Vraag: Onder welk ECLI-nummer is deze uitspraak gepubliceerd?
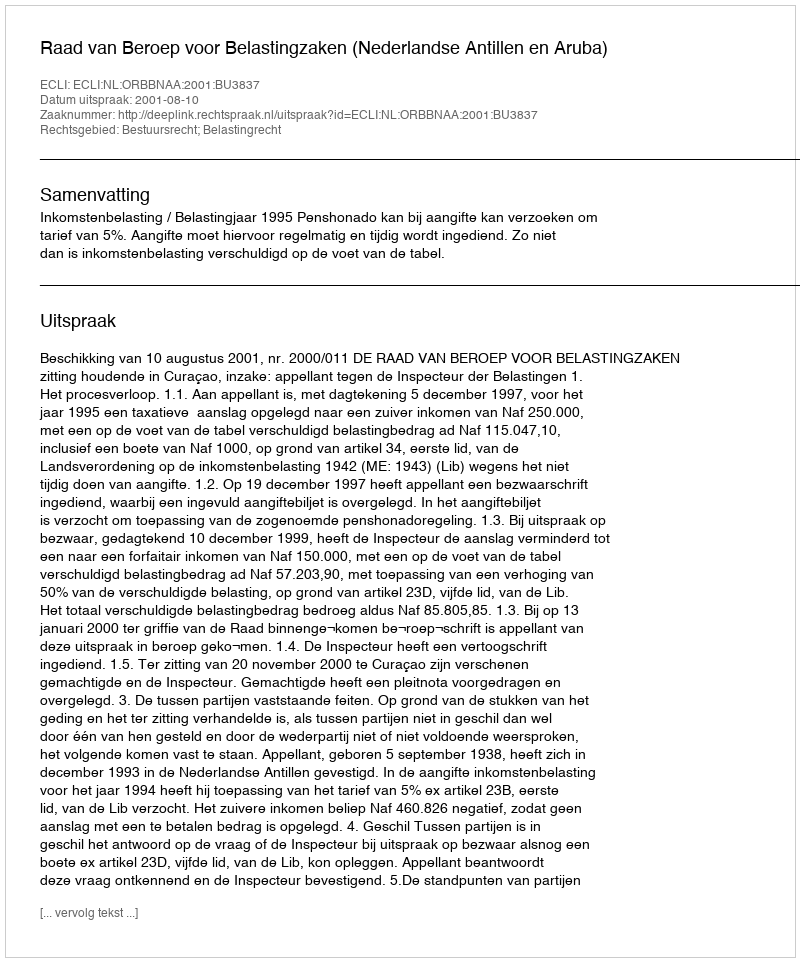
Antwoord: ECLI:NL:ORBBNAA:2001:BU3837